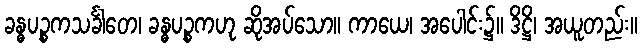
ခန္ဓပဉ္စကသင်္ခါတေ၊ ခန္ဓပဉ္စကဟု ဆိုအပ်သော။ ကာယေ၊ အပေါင်း၌။ ဒိဋ္ဌိ၊ အယူတည်း။